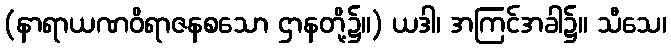
(နာရာယဏဝိရာဇနစသော ဌာနတို့၌။) ယဒါ၊ အကြင်အခါ၌။ သီသေ၊